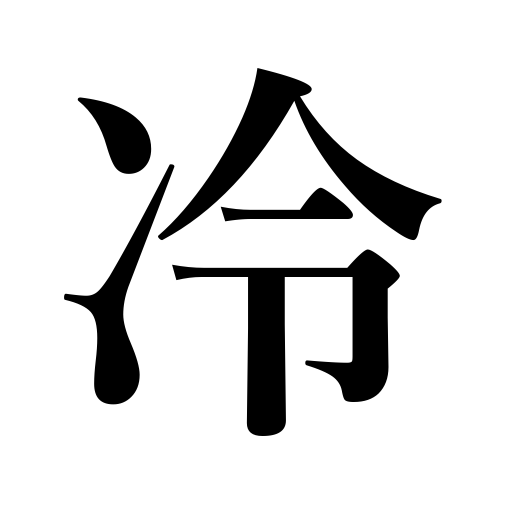
Meanings: freezing,spoil,cool in water or ice,let cool,chilly,speak playfully,make fun,cool,cold,window-shop,cool down interest,throw a damper on,icy,abate,etc.,grow cold,banter,tease,cold drinking water,cool down,feel chilly,look in at a shop,refrigerate,dampen,enthusiasm,subside,cold hearted,come down interest,get cold